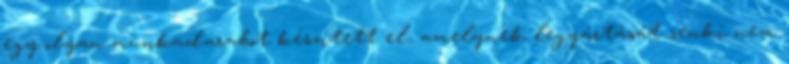
egy olyan munkadarabot készített el, amelynek legyártását senki nem